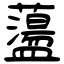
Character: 蘯